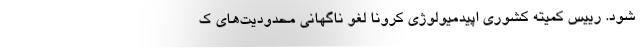
شود. رییس کمیته کشوری اپیدمیولوژی کرونا لغو ناگهانی محدودیت‌های ک